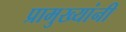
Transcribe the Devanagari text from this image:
प्रामुख्यांनी